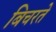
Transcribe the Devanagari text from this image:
बिचरते